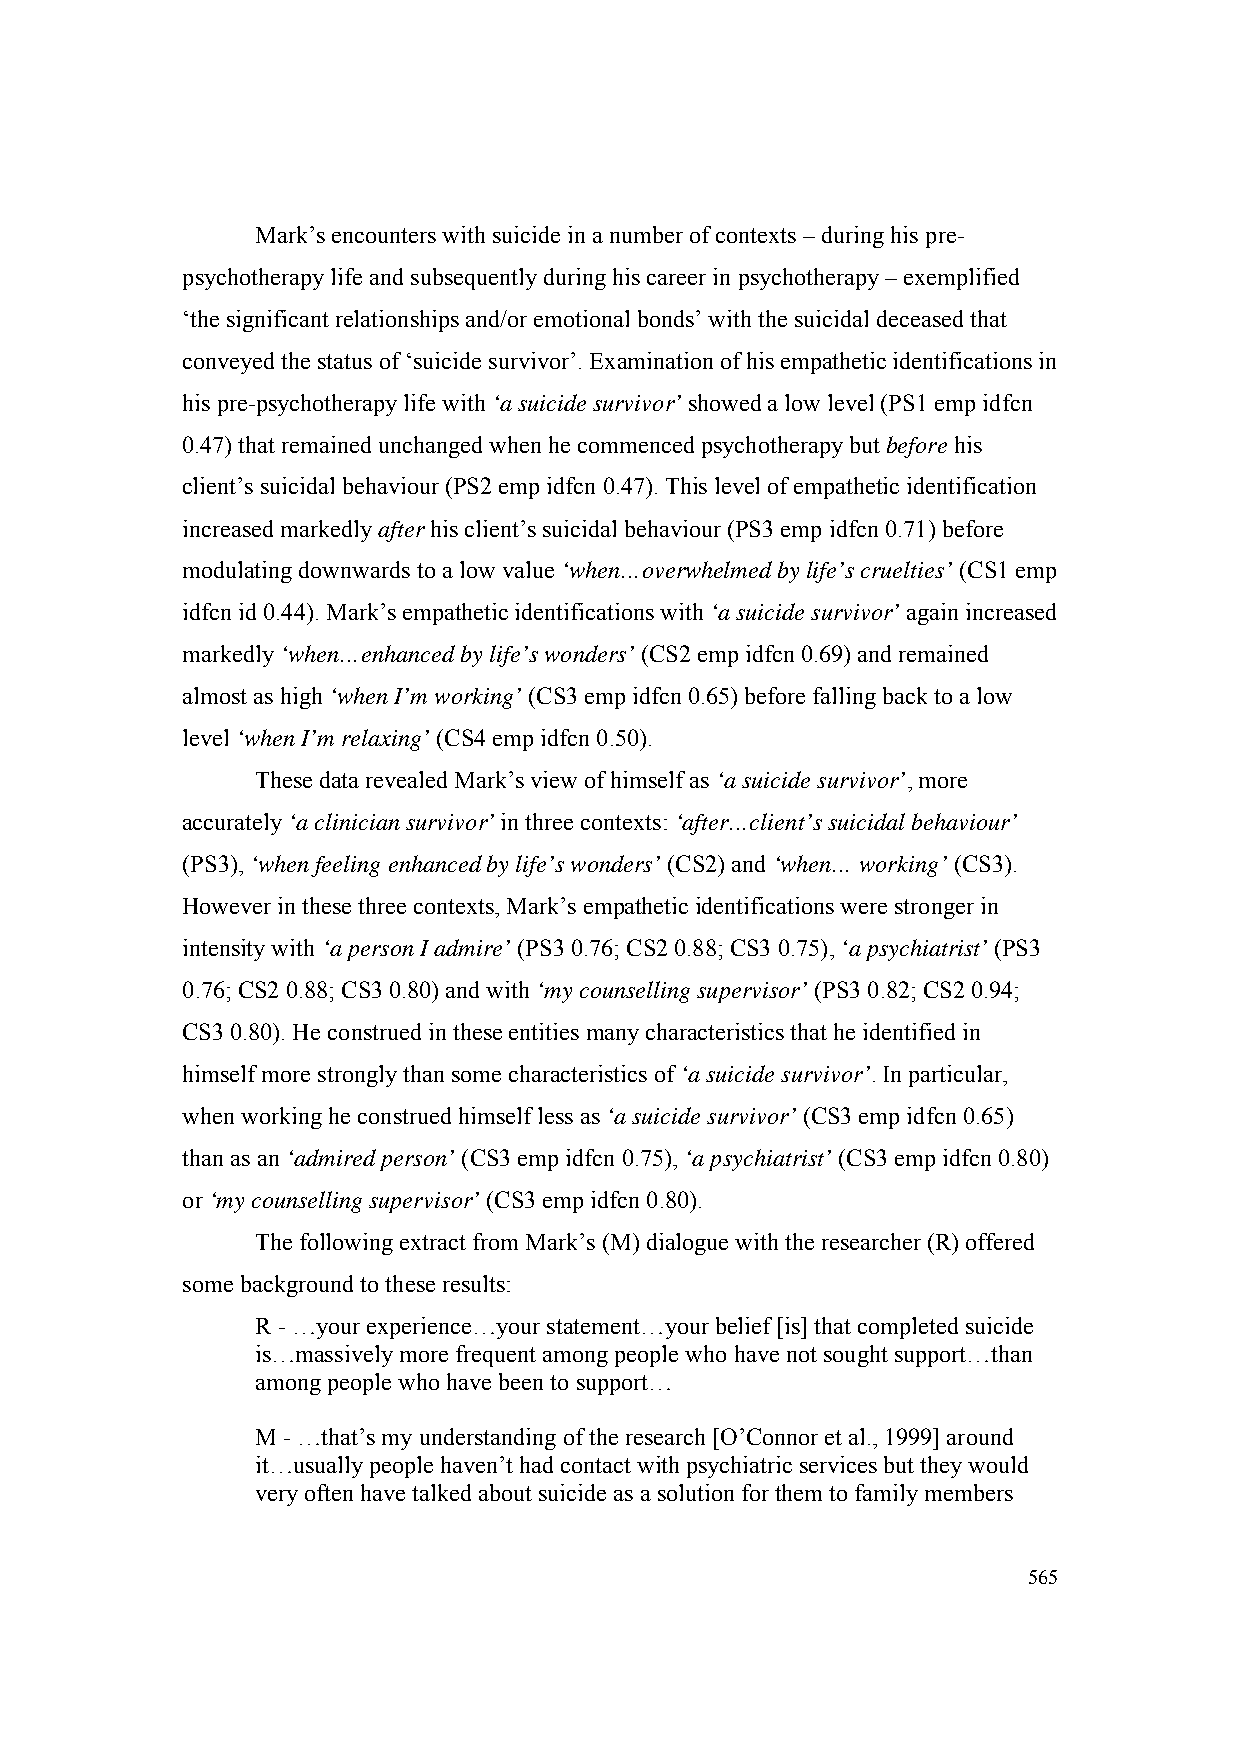
Mark’s encounters with suicide in a number of contexts – during his pre-
 psychotherapy life and subsequently during his career in psychotherapy – exemplified
 ‘the significant relationships and/or emotional bonds’ with the suicidal deceased that
 conveyed the status of ‘suicide survivor’. Examination of his empathetic identifications in
 his pre-psychotherapy life with ‘a suicide survivor’ showed a low level (PS1 emp idfcn
 0.47) that remained unchanged when he commenced psychotherapy but before his
 client’s suicidal behaviour (PS2 emp idfcn 0.47). This level of empathetic identification
 increased markedly after his client’s suicidal behaviour (PS3 emp idfcn 0.71) before
 modulating downwards to a low value ‘when…overwhelmed by life’s cruelties’ (CS1 emp
 idfcn id 0.44). Mark’s empathetic identifications with ‘a suicide survivor’ again increased
 markedly ‘when…enhanced by life’s wonders’ (CS2 emp idfcn 0.69) and remained
 almost as high ‘when I’m working’ (CS3 emp idfcn 0.65) before falling back to a low
 level ‘when I’m relaxing’ (CS4 emp idfcn 0.50).
 These data revealed Mark’s view of himself as ‘a suicide survivor’, more
 accurately ‘a clinician survivor’ in three contexts: ‘after…client’s suicidal behaviour’
 (PS3), ‘when feeling enhanced by life’s wonders’ (CS2) and ‘when… working’ (CS3).
 However in these three contexts, Mark’s empathetic identifications were stronger in
 intensity with ‘a person I admire’ (PS3 0.76; CS2 0.88; CS3 0.75), ‘a psychiatrist’ (PS3
 0.76; CS2 0.88; CS3 0.80) and with ‘my counselling supervisor’ (PS3 0.82; CS2 0.94;
 CS3 0.80). He construed in these entities many characteristics that he identified in
 himself more strongly than some characteristics of ‘a suicide survivor’. In particular,
 when working he construed himself less as ‘a suicide survivor’ (CS3 emp idfcn 0.65)
 than as an ‘admired person’ (CS3 emp idfcn 0.75), ‘a psychiatrist’ (CS3 emp idfcn 0.80)
 or ‘my counselling supervisor’ (CS3 emp idfcn 0.80).
 The following extract from Mark’s (M) dialogue with the researcher (R) offered
 some background to these results:
 R - …your experience…your statement…your belief [is] that completed suicide
 is…massively more frequent among people who have not sought support…than
 among people who have been to support…
 M - …that’s my understanding of the research [O’Connor et al., 1999] around
 it…usually people haven’t had contact with psychiatric services but they would
 very often have talked about suicide as a solution for them to family members
 565